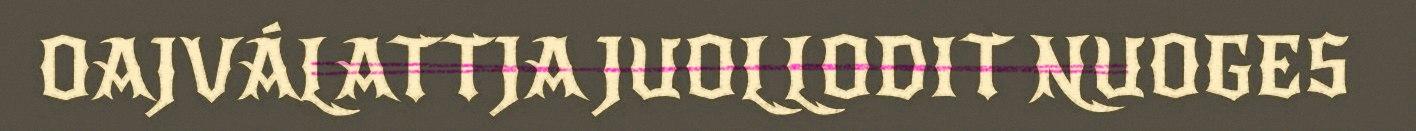
OAJVÁLATTJA JUOLLODIT NUOGES